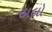
ઠાલો